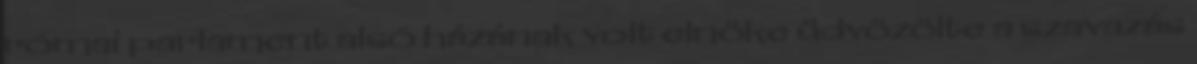
római parlament alsó házának volt elnöke üdvözölte a szavazás